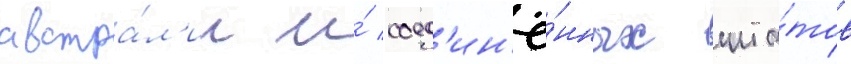
австра́л'ии и́ соед'ин'ё́нных шта́тов